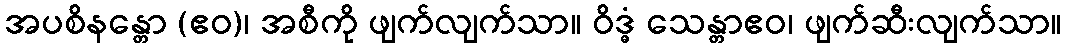
အပစိနန္တော (ဧဝ)၊ အစီကို ဖျက်လျက်သာ။ ဝိဒ္ဓံ သေန္တာဧဝ၊ ဖျက်ဆီးလျက်သာ။